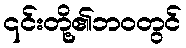
၎င်းတို့၏ဘဝတွင်